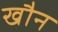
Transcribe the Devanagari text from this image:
खौन